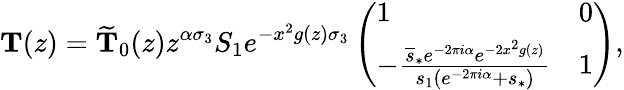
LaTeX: \mathbf{T}(z)=\widetilde{\mathbf{T}}_{0}(z)z^{\alpha\sigma_{3}}S_{1}e^{-x^{2}g(z)\sigma_{3}}\left(\begin{array}{ll}{1}&{0}\\ {-\frac{\overline{{s}}_{*}e^{-2\pi i\alpha}e^{-2x^{2}g(z)}}{s_{1}(e^{-2\pi i\alpha}+s_{*})}}&{1}\end{array}\right),